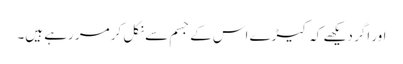
اور اگر دیکھے کہ کیڑے اس کے جسم سے نکل کر مر رہے ہیں۔